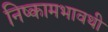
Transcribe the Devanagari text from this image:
निष्कामभावथी